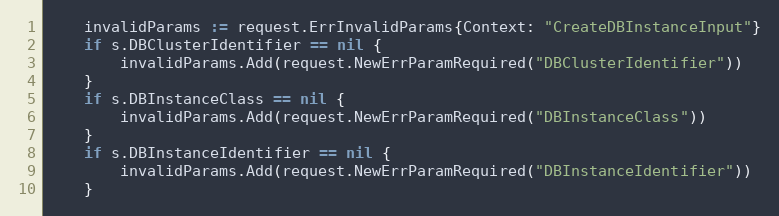
Language: Go
	invalidParams := request.ErrInvalidParams{Context: "CreateDBInstanceInput"}
	if s.DBClusterIdentifier == nil {
		invalidParams.Add(request.NewErrParamRequired("DBClusterIdentifier"))
	}
	if s.DBInstanceClass == nil {
		invalidParams.Add(request.NewErrParamRequired("DBInstanceClass"))
	}
	if s.DBInstanceIdentifier == nil {
		invalidParams.Add(request.NewErrParamRequired("DBInstanceIdentifier"))
	}